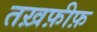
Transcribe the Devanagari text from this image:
तख़फ़ीफ़